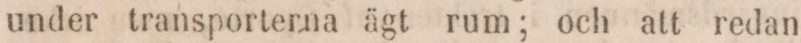
under transporterna ägt rum; och att redan